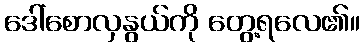
ဒေါ်စောလှနွယ်ကို တွေ့ရလေ၏။